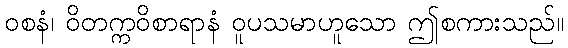
ဝစနံ၊ ဝိတက္ကဝိစာရာနံ ဝူပသမာဟူသော ဤစကားသည်။